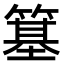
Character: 簊